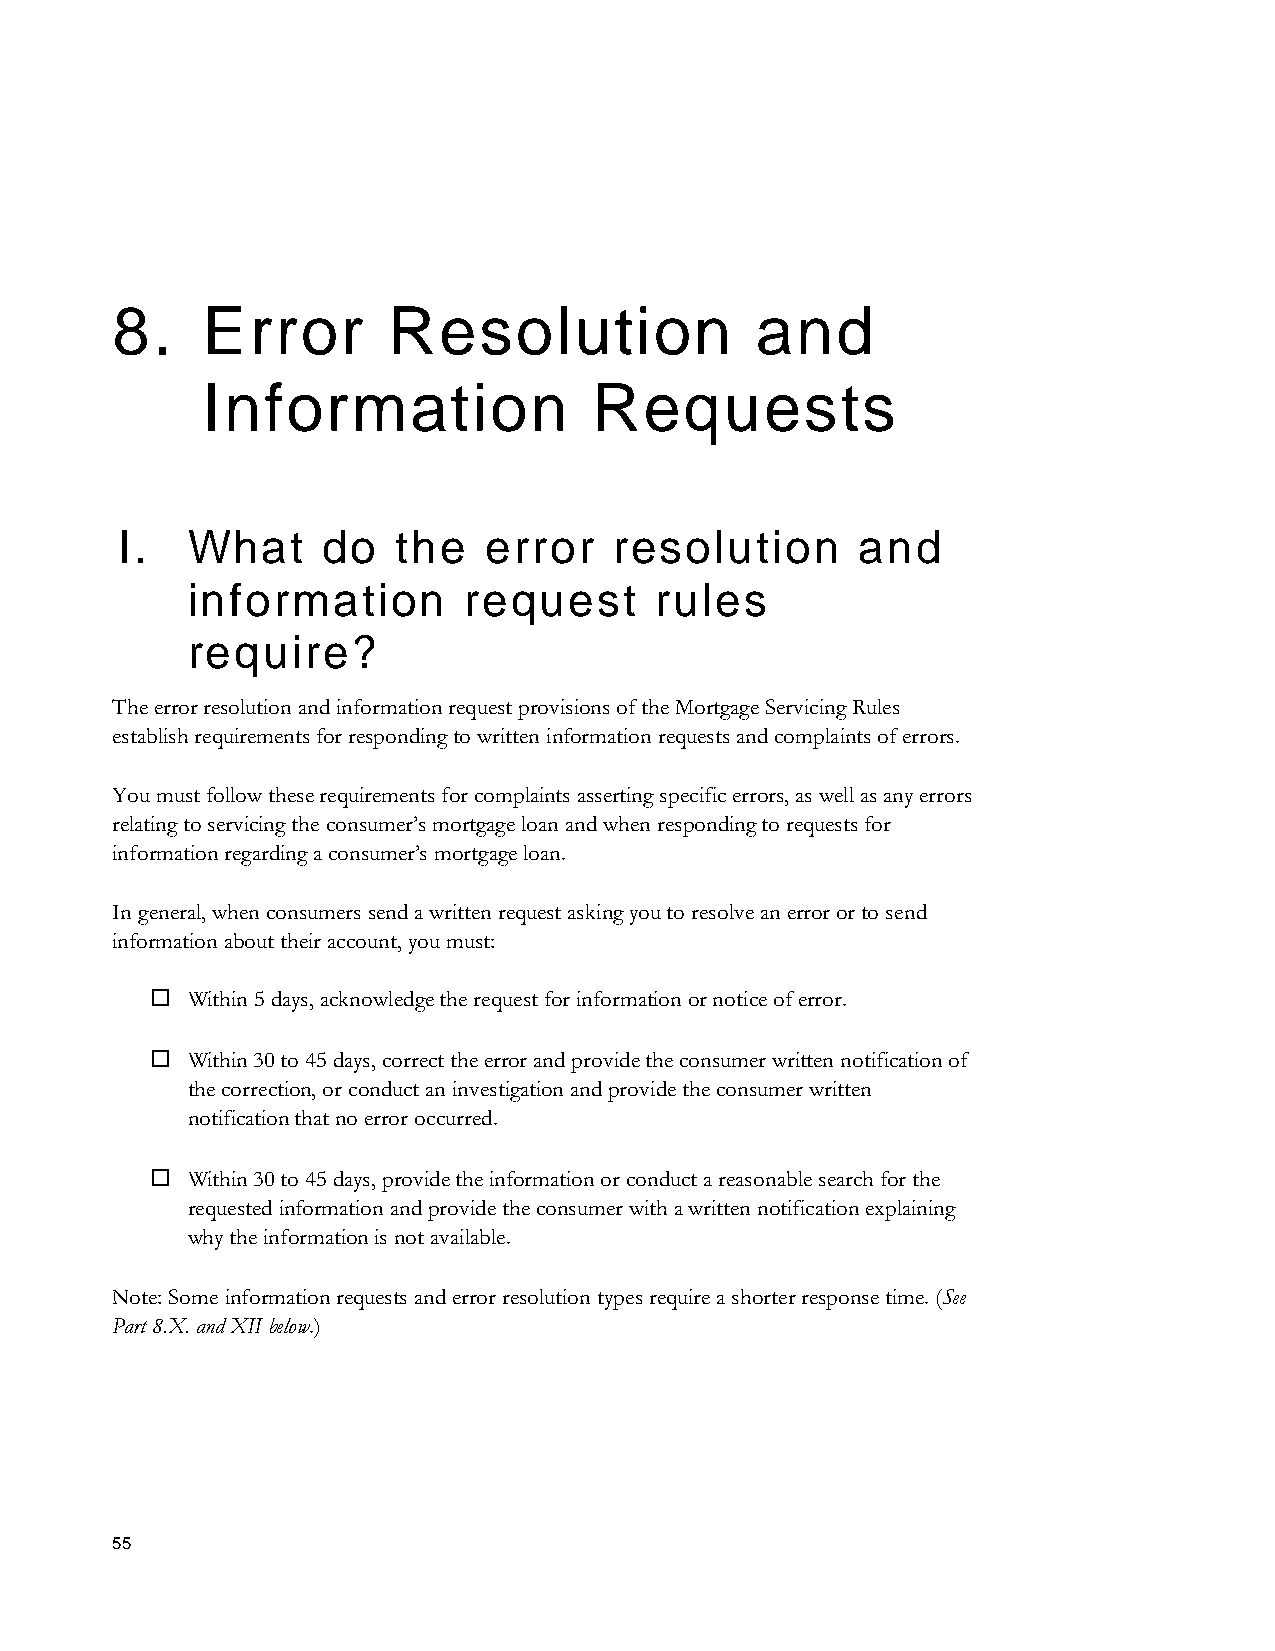
8.    Error        Resolution              and
 Information               Requests
 I.  What     do   the   error    resolution      and
 information        request     rules
 require?
 The error resolution and information request provisions of the Mortgage Servicing Rules
 establish requirements for responding to written information requests and complaints of errors.
 You must follow these requirements for complaints asserting specific errors, as well as any errors
 relating to servicing the consumer’s mortgage loan and when responding to requests for
 information regarding a consumer’s mortgage loan.
 In general, when consumers send a written request asking you to resolve an error or to send
 information about their account, you must:
  Within 5 days, acknowledge the request for information or notice of error.
  Within 30 to 45 days, correct the error and provide the consumer written notification of
 the correction, or conduct an investigation and provide the consumer written
 notification that no error occurred.
  Within 30 to 45 days, provide the information or conduct a reasonable search for the
 requested information and provide the consumer with a written notification explaining
 why the information is not available.
 Note: Some information requests and error resolution types require a shorter response time. (See
 Part 8.X. and XII below.)
 55